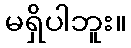
မရှိပါဘူး။